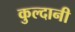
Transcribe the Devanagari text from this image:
कुल्दानी